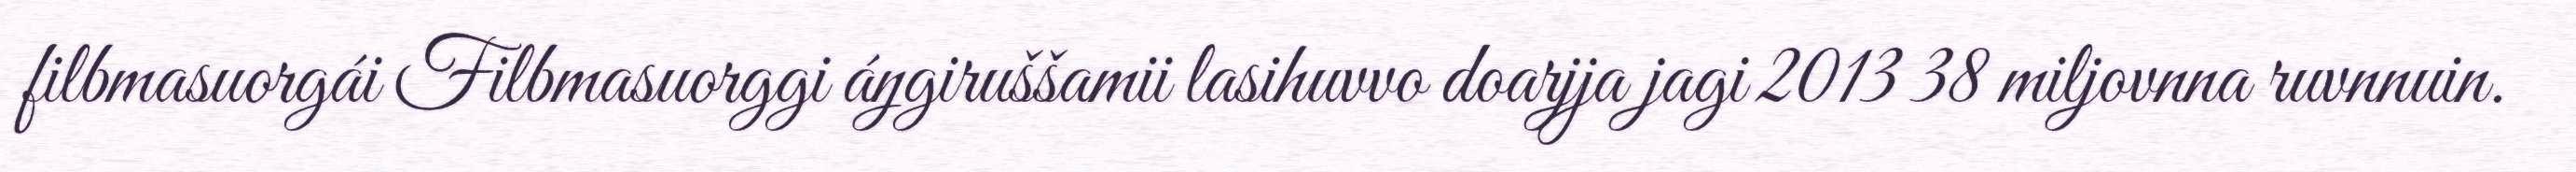
filbmasuorgái Filbmasuorggi áŋgiruššamii lasihuvvo doarjja jagi 2013 38 miljovnna ruvnnuin.